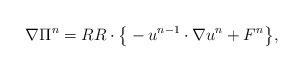
LaTeX: \begin{align*}\nabla \Pi^n = RR\cdot \big\{ -u^{n-1} \cdot \nabla u^n + F^n\big\},\end{align*}